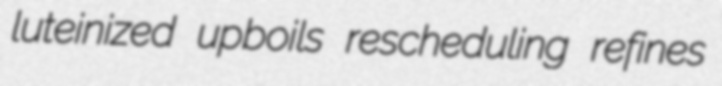
luteinized upboils rescheduling refines